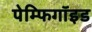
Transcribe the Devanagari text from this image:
पेम्फिगॉइड